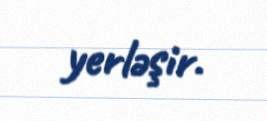
yerləşir.